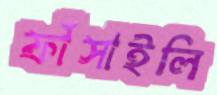
ফাঁসাইলি